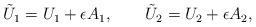
LaTeX: \begin{align*}\begin{array}{l}\tilde{U}_1=U_1+\epsilon A_1,\qquad\tilde{U}_2=U_2+\epsilon A_2,\end{array}\end{align*}